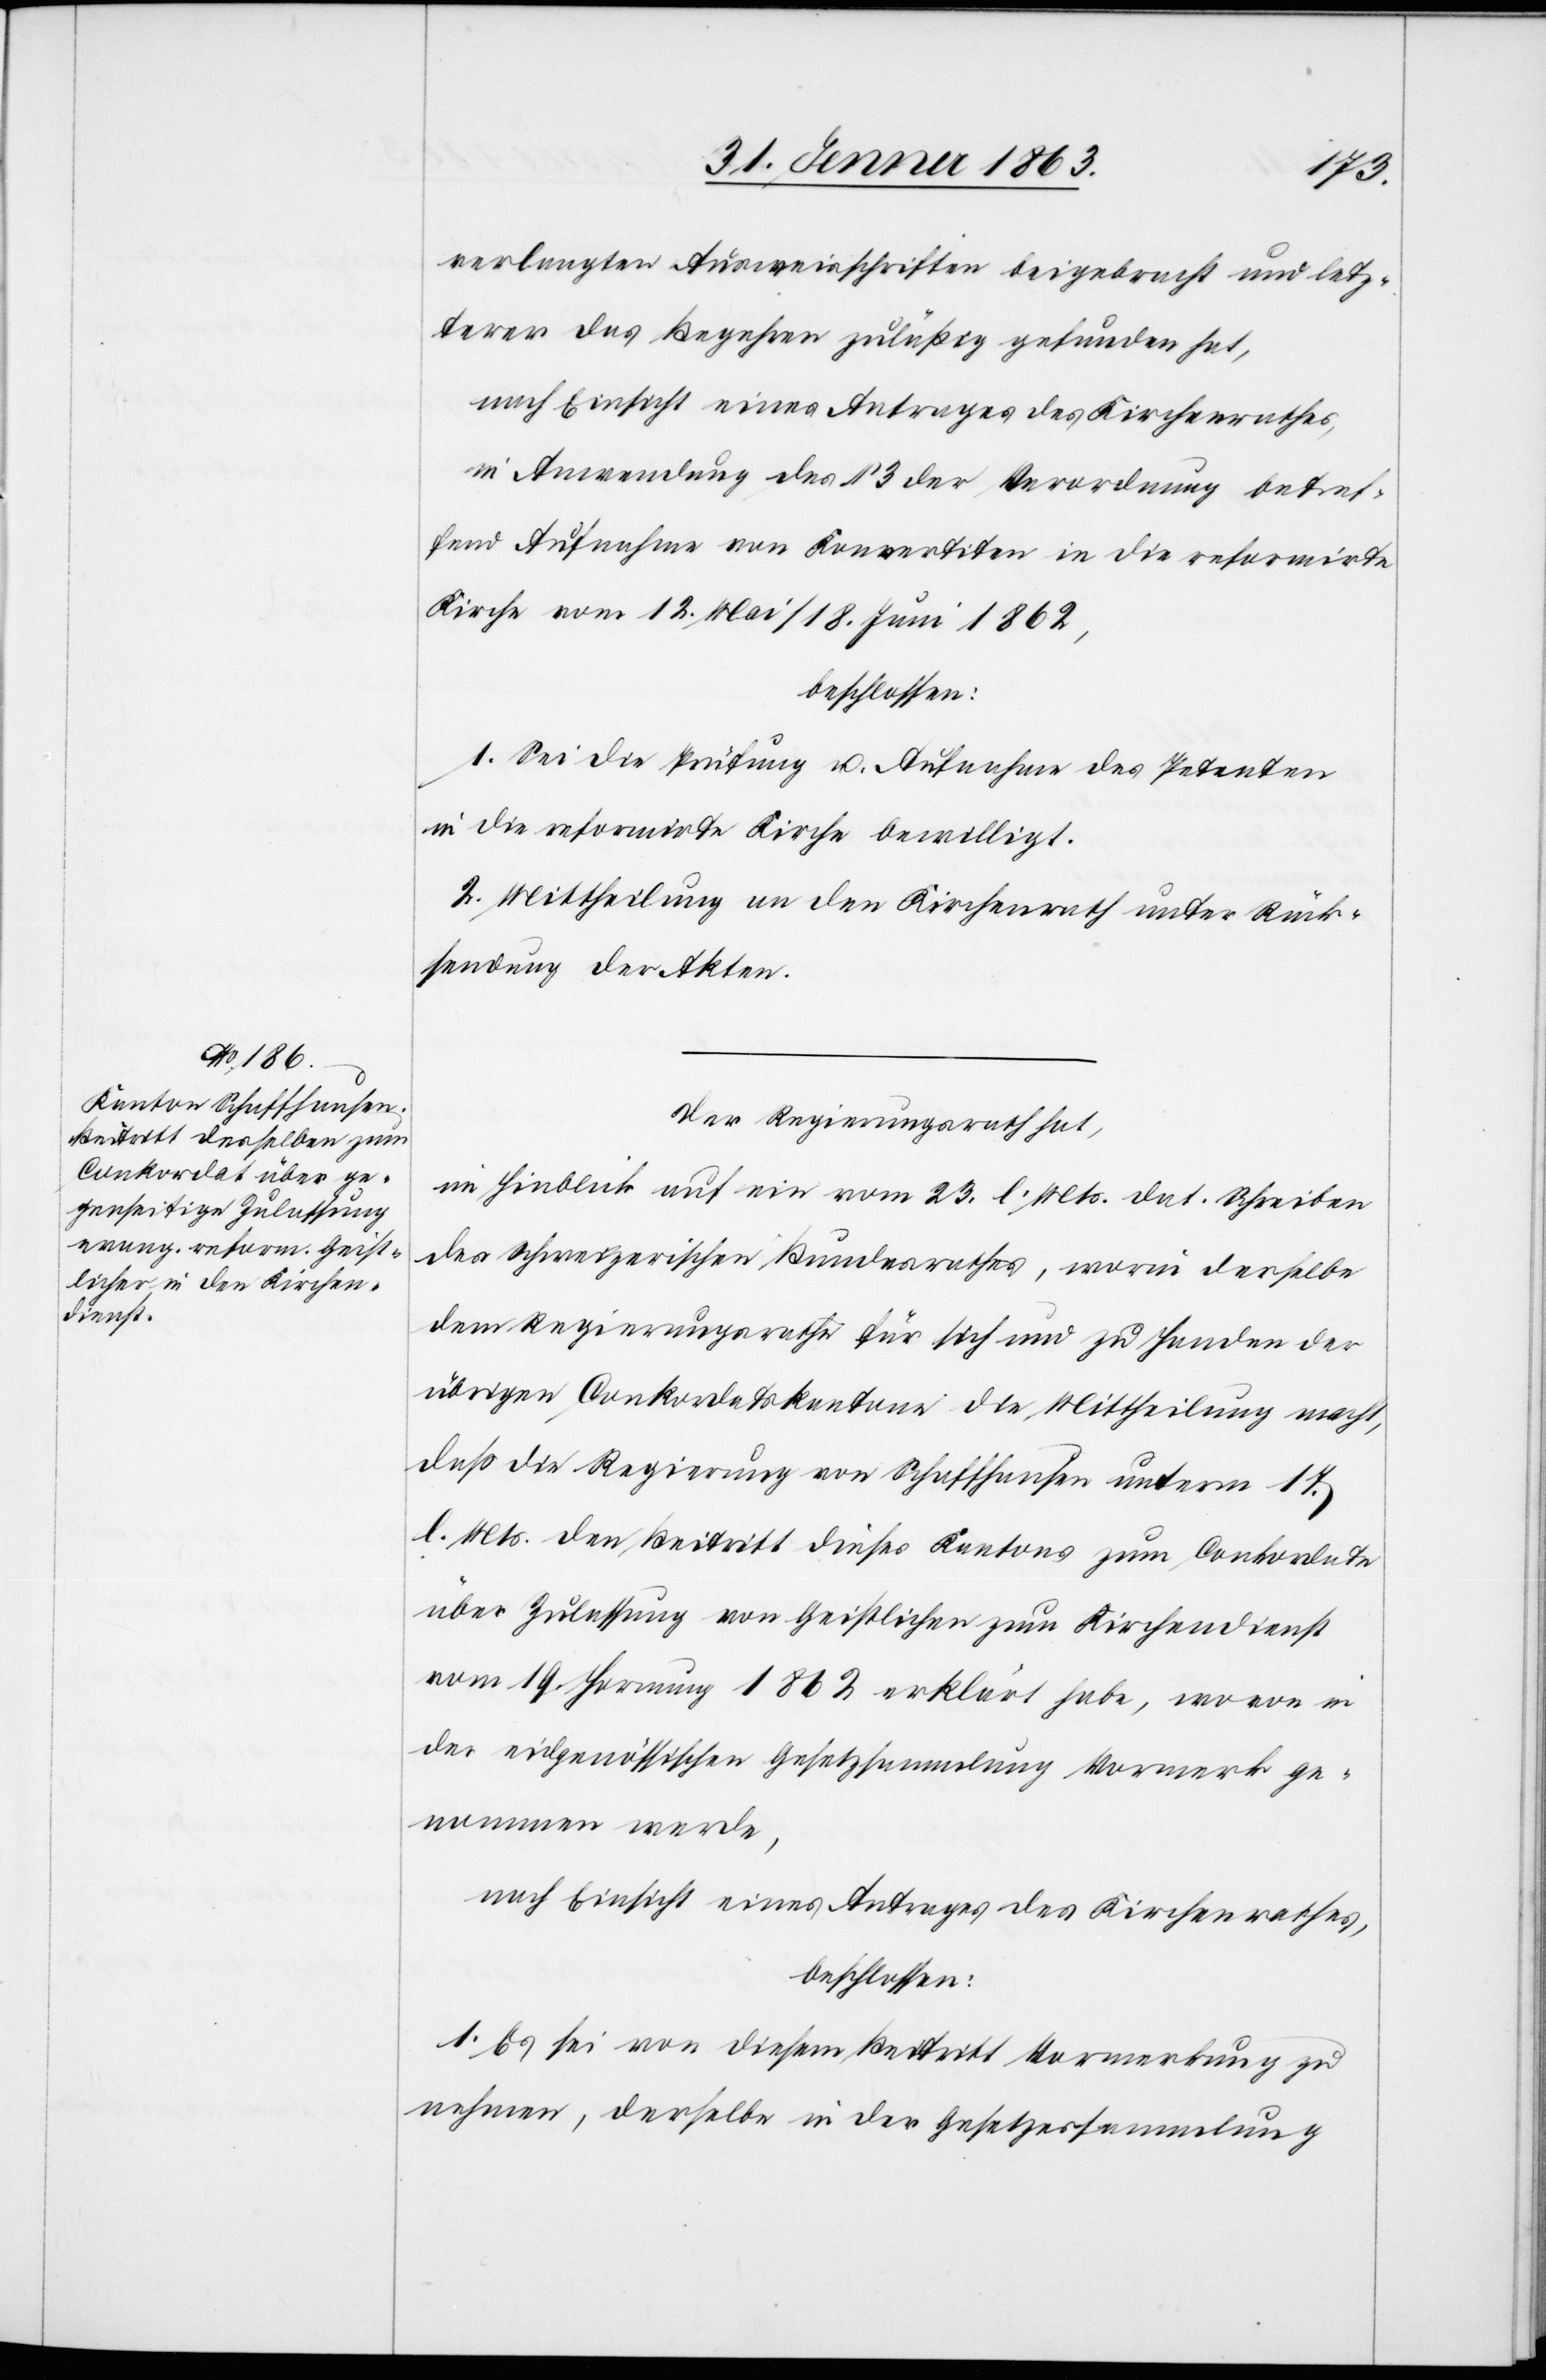
verlangten Ausweisschriften beigebracht und letz¬
terer das Begehren zuläßig gefunden hat,
nach Einsicht eines Antrages des Kirchenrathes,
in Anwendung des § 3 der Verordnung betref¬
fend Aufnahme von Konvertiten in die reformirte
Kirche vom 12. Mai/18. Juni 1862,
beschlossen:
1. Sei die Prüfung u. Aufnahme des Petenten
in die reformirte Kirche bewilligt.
2. Mittheilung an den Kirchenrath unter Rück¬
sendung der Akten.
Der Regierungsrath hat,
im Hinblick auf ein vom 23. l. Mts. dat. Schreiben
des Schweizerischen Bundesrathes, worin derselbe
dem Regierungsrathe für sich und zu Handen der
übrigen Conkordatskantone die Mittheilung macht,
daß die Regierung von Schaffhausen unterm 17.
l. Mts. den Beitritt dieses Kantons zum Conkordate
über Zulassung von Geistlichen zum Kirchendienst
vom 19. Hornung 1862 erklärt habe, wovon in
der eidgenössischen Gesetzsammlung Vormerk ge¬
nommen werde,
nach Einsicht eines Antrages des Kirchenrathes,
beschlossen:
1. Es sei von diesem Beitritt Vormerkung zu
nehmen, derselbe in der Gesetzessammlung